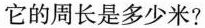
它的周长是多少米？